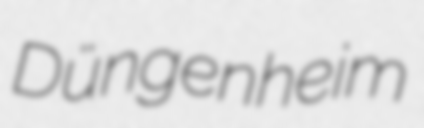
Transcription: Düngenheim